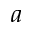
a